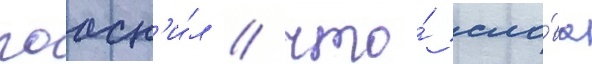
поасн'и́л / что́ сло́ва